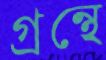
গ্রন্থে